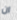
ان